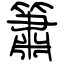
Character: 簫